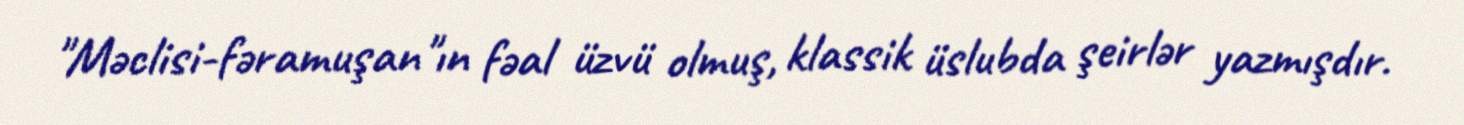
"Məclisi-fəramuşan"ın fəal üzvü olmuş, klassik üslubda şeirlər yazmışdır.